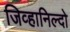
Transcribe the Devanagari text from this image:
जिव्हानिल्दो